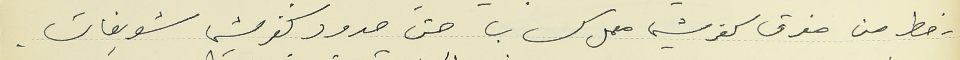
٢- خط من مفرق كفرشيما معمل كساب حتى حدود كفرشيما شويفات.